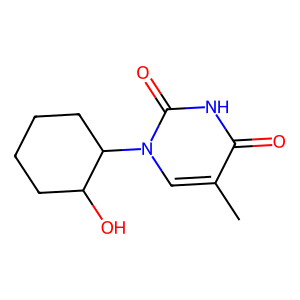
SMILES: Cc1cn(C2CCCCC2O)c(=O)[nH]c1=O
Inhibits HIV replication: No